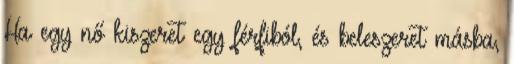
Ha egy nő kiszeret egy férfiból, és beleszeret másba,